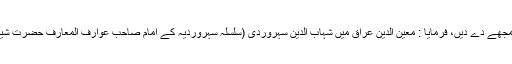
جب فیض پا لیا تو عرض کیا حضور اب عراق مجھے دے دیں، فرمایا : معین الدین عراق میں شہاب الدین سہروردی (سلسلہ سہروردیہ کے امام صاحب عوارف المعارف حضرت شیخ شہاب الدین عمر سہروردی) کو دے چکا ہوں۔